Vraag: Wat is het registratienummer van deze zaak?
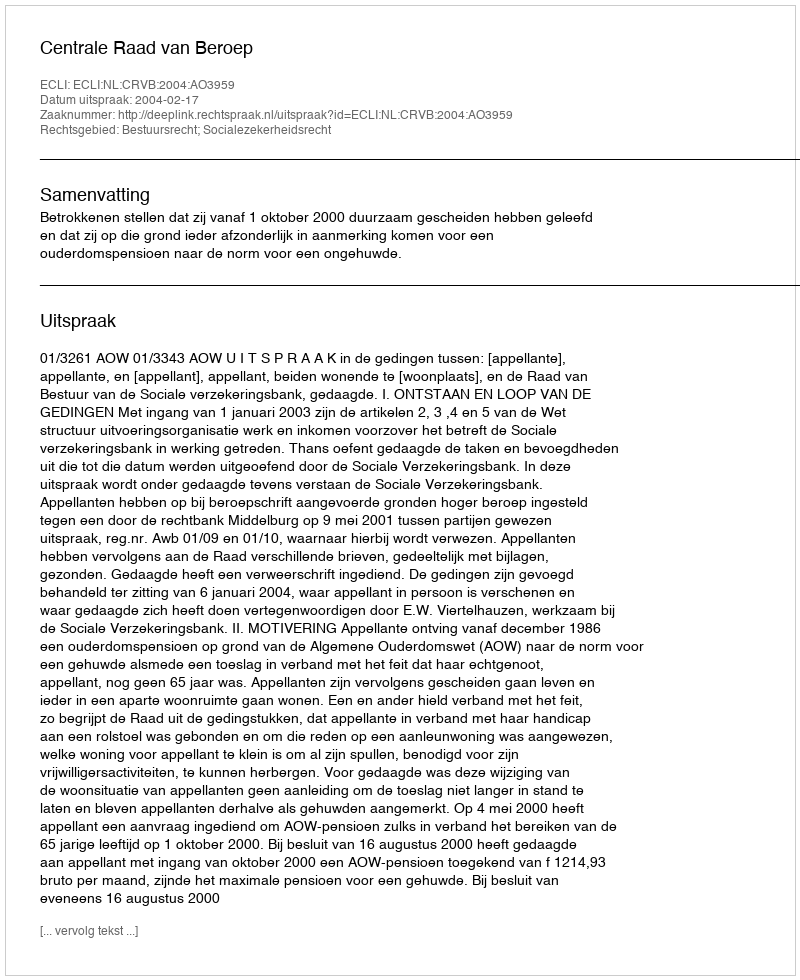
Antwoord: http://deeplink.rechtspraak.nl/uitspraak?id=ECLI:NL:CRVB:2004:AO3959